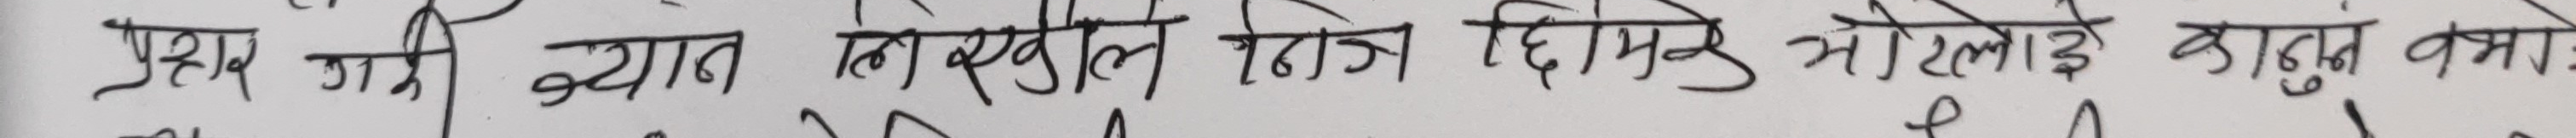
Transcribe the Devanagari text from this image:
प्रथम गरी क्यानले रसुले दोभित्रो म्हीलोई कानुन बमोजिम